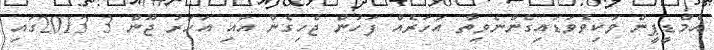
އެމްޑީޕީން ވަކިވެވަޑައިގެންނެވިތާ އަހަރެއް ފަހުން ޖެހިގެން އައި އަހަރު ޖޫން 3 2013ގައި